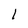
Character: l